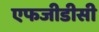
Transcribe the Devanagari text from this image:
एफजीडीसी